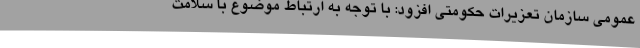
عمومی سازمان تعزیرات حکومتی افزود: با توجه به ارتباط موضوع با سلامت